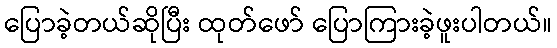
ပြောခဲ့တယ်ဆိုပြီး ထုတ်ဖော် ပြောကြားခဲ့ဖူးပါတယ်။